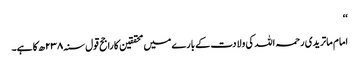
‘‘
امام ماتریدی رحمہ اللہ کی ولادت کے بارے میں محققین کا راجح قول سنہ ۲۳۸ھ کا ہے۔